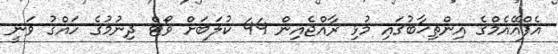
އެފްއޭއެމްގެ އިންތިޚާބުގައި މުޅި ރާއްޖެއިން 44 ކުލަބަށް ވޯޓް ދިނުމުގެ ހައްގު ވަނީ